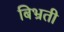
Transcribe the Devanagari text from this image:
बिभ्रती